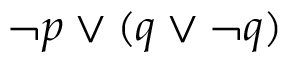
\neg p \lor ( q \lor \neg q )